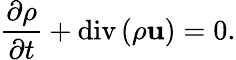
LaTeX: \frac{\partial\rho}{\partial t}+\mathrm{div}\left(\rho\mathbf{u}\right)=0.